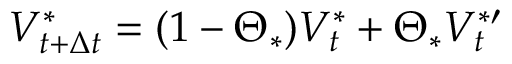
V _ { t + \Delta { t } } ^ { \ast } = ( 1 - \Theta _ { \ast } ) V _ { t } ^ { \ast } + \Theta _ { \ast } V _ { t } ^ { \ast \prime }